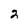
Character: 2